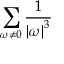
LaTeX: \sum _ { \omega \neq 0 } { \frac { 1 } { \left| \omega \right| ^ { 3 } } }